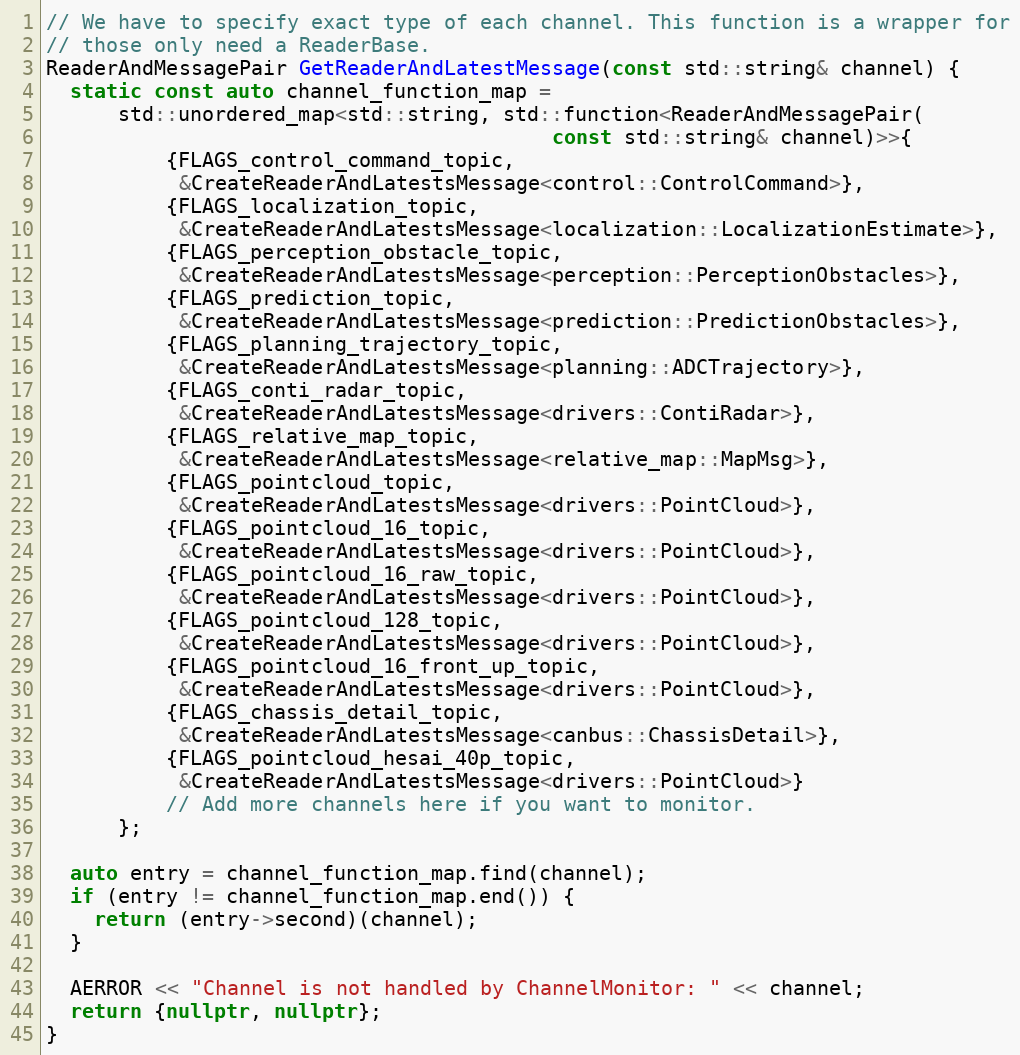
Language: C++
// We have to specify exact type of each channel. This function is a wrapper for
// those only need a ReaderBase.
ReaderAndMessagePair GetReaderAndLatestMessage(const std::string& channel) {
  static const auto channel_function_map =
      std::unordered_map<std::string, std::function<ReaderAndMessagePair(
                                          const std::string& channel)>>{
          {FLAGS_control_command_topic,
           &CreateReaderAndLatestsMessage<control::ControlCommand>},
          {FLAGS_localization_topic,
           &CreateReaderAndLatestsMessage<localization::LocalizationEstimate>},
          {FLAGS_perception_obstacle_topic,
           &CreateReaderAndLatestsMessage<perception::PerceptionObstacles>},
          {FLAGS_prediction_topic,
           &CreateReaderAndLatestsMessage<prediction::PredictionObstacles>},
          {FLAGS_planning_trajectory_topic,
           &CreateReaderAndLatestsMessage<planning::ADCTrajectory>},
          {FLAGS_conti_radar_topic,
           &CreateReaderAndLatestsMessage<drivers::ContiRadar>},
          {FLAGS_relative_map_topic,
           &CreateReaderAndLatestsMessage<relative_map::MapMsg>},
          {FLAGS_pointcloud_topic,
           &CreateReaderAndLatestsMessage<drivers::PointCloud>},
          {FLAGS_pointcloud_16_topic,
           &CreateReaderAndLatestsMessage<drivers::PointCloud>},
          {FLAGS_pointcloud_16_raw_topic,
           &CreateReaderAndLatestsMessage<drivers::PointCloud>},
          {FLAGS_pointcloud_128_topic,
           &CreateReaderAndLatestsMessage<drivers::PointCloud>},
          {FLAGS_pointcloud_16_front_up_topic,
           &CreateReaderAndLatestsMessage<drivers::PointCloud>},
          {FLAGS_chassis_detail_topic,
           &CreateReaderAndLatestsMessage<canbus::ChassisDetail>},
          {FLAGS_pointcloud_hesai_40p_topic,
           &CreateReaderAndLatestsMessage<drivers::PointCloud>}
          // Add more channels here if you want to monitor.
      };

  auto entry = channel_function_map.find(channel);
  if (entry != channel_function_map.end()) {
    return (entry->second)(channel);
  }

  AERROR << "Channel is not handled by ChannelMonitor: " << channel;
  return {nullptr, nullptr};
}